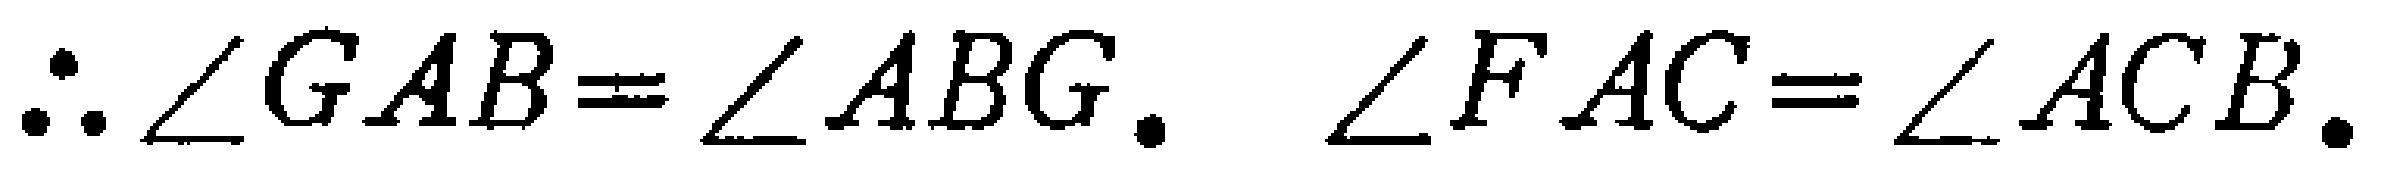
\(\therefore \angle GAB=\angle ABG.\ \angle FAC=\angle ACB.\)